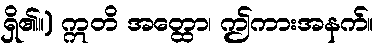
ရှိ၏။) ဣတိ အတ္ထော၊ ဤကားအနက်။